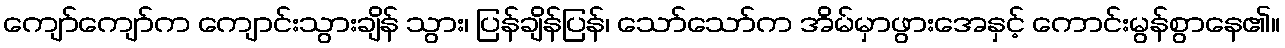
ကျော်ကျော်က ကျောင်းသွားချိန် သွား၊ ပြန်ချိန်ပြန်၊ သော်သော်က အိမ်မှာဖွားအေနှင့် ကောင်းမွန်စွာနေ၏။